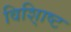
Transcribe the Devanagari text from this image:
विशि्ाष्ट